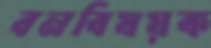
বনবিষয়ক